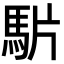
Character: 𩢝